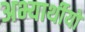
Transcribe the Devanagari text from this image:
अभ्यार्थीयों